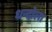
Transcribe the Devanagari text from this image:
धन्दोला